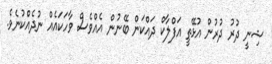
ޝިނީ ދުރު ދުރުން އުޅޭތީ އަފްލާކް ދައްކަން ބޭނުން އެއްވެސް ވާހަކައެއް ނުދެއްކުނެވެ.